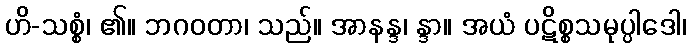
ဟိ-သစ္စံ၊ ၏။ ဘဂဝတာ၊ သည်။ အာနန္ဒ၊ န္ဒာ။ အယံ ပဋိစ္စသမုပ္ပါဒေါ၊